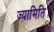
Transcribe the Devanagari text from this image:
ज्यामिति।